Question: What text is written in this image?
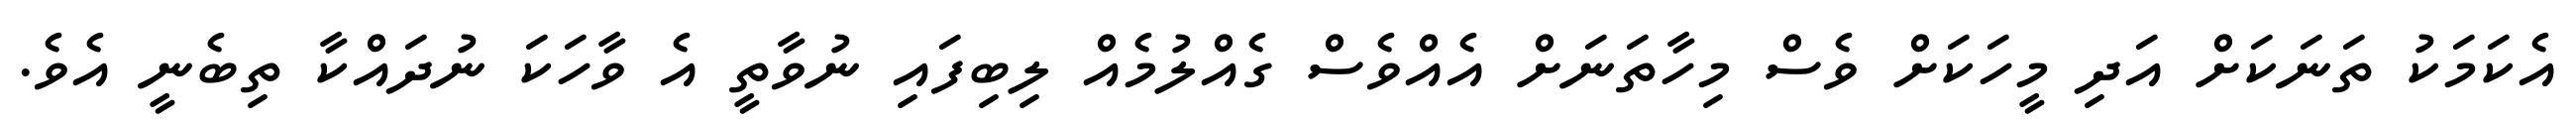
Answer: އެކަމަކު ތަނަކަށް އަދި މީހަކަށް ވެސް މިހާތަނަށް އެއްވެސް ގެއްލުމެއް ލިބިފައި ނުވާތީ އެ ވާހަކަ ނުދައްކާ ތިބެނީ އެވެ.